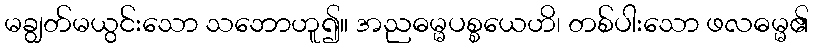
မချွတ်မယွင်းသော သဘောဟူ၍။ အညဓမ္မပစ္စယေဟိ၊ တစ်ပါးသော ဖလဓမ္မ၏